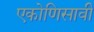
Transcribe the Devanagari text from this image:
एकोणिसावी